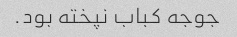
جوجه کباب نپخته بود.